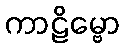
ကာဠိမ္ဗော